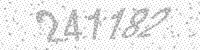
Solution: 241182